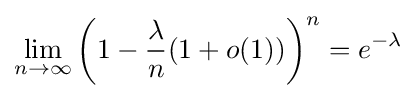
\lim _{n\to \infty }\left(1-{\frac {\lambda }{n}}(1+o(1))\right)^{n}=e^{-\lambda }